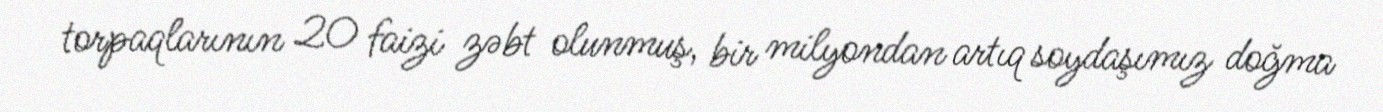
torpaqlarının 20 faizi zəbt olunmuş, bir milyondan artıq soydaşımız doğma